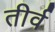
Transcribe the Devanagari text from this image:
तीर्व